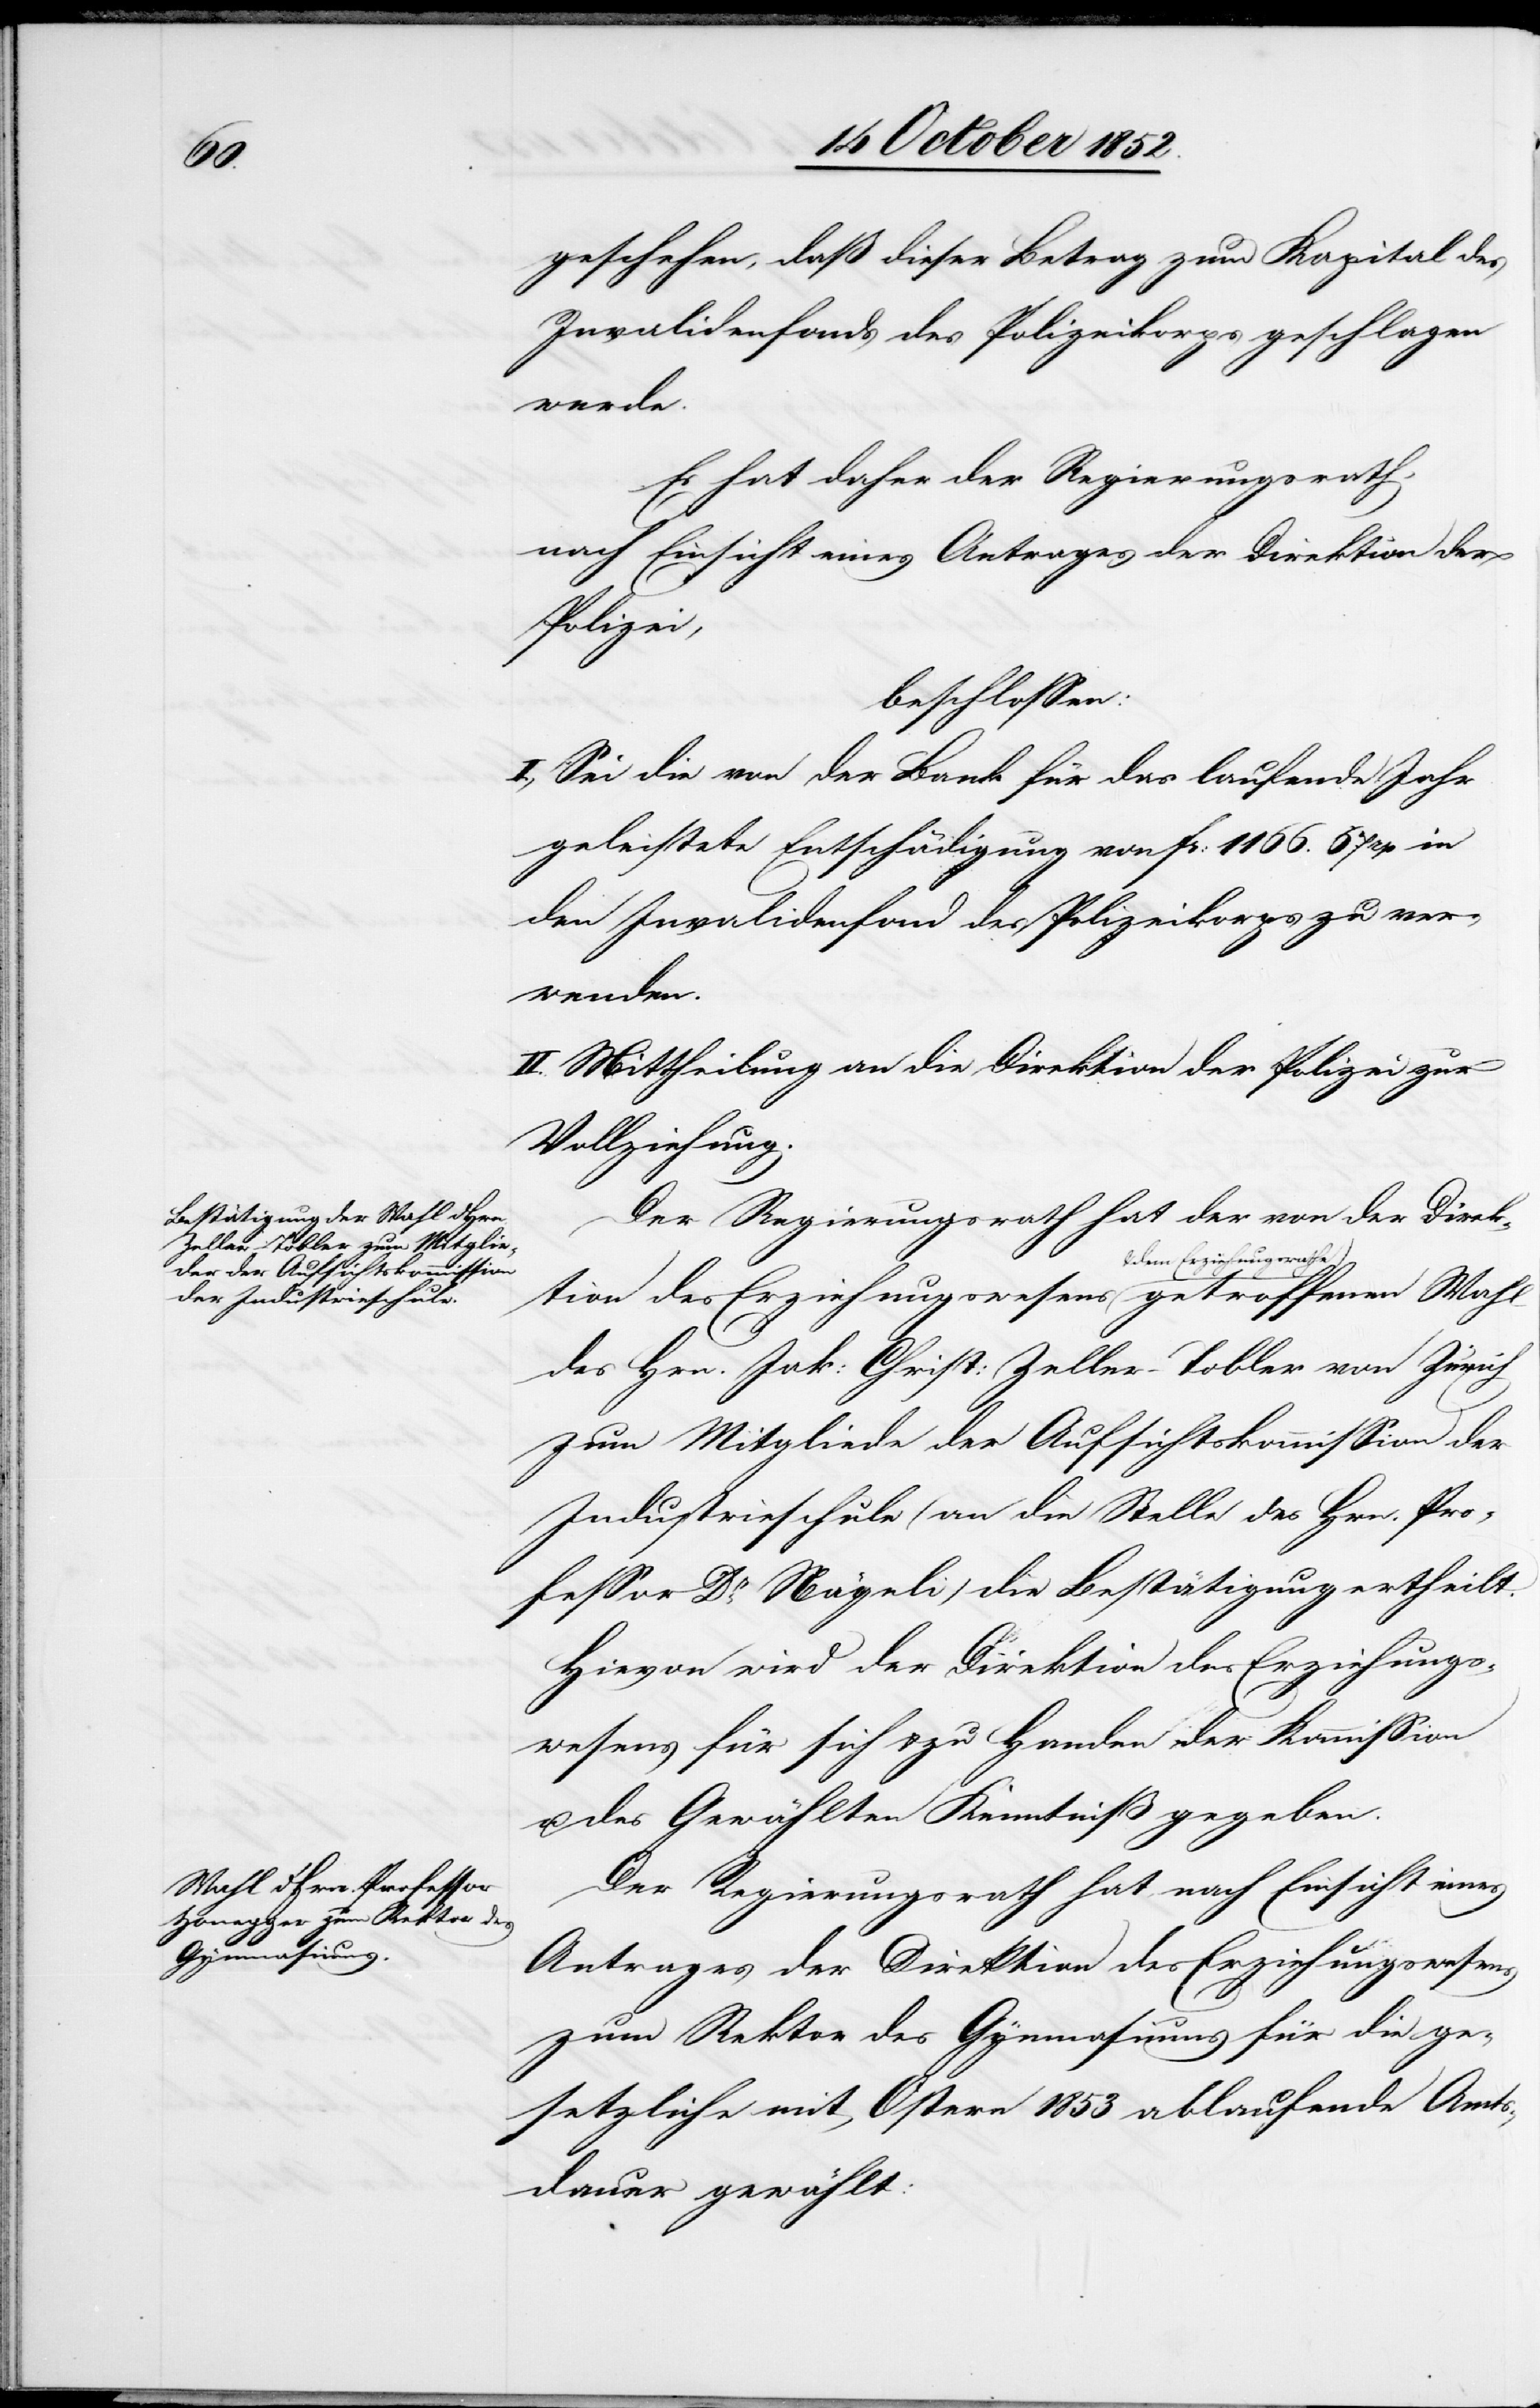
tion

geschehen, daß dieser Betrag zum Kapital des
Invalidenfonds des Polizeikorps geschlagen
werde.
Es hat daher der Regierungsrath,
nach Einsicht eines Antrages der Direktion der
Polizei,
beschlossen:
I., Sei die von der Bank für das laufende Jahr
geleistete Entschädigung von Fr: 1166. 67rp in
den Invalidenfond des Polizeikorps zu ver¬
wenden.
II. Mittheilung an die Direktion der Polizei zur
Vollziehung.
Der Regierungsrath hat der von der Direk¬
des Erziehungswesens
& dem Erziehungsrathe getroffenen Wahl
des Hrn. Jak: Christ: Zeller-Tobler von Zürich
zum Mitgliede der Aufsichtskommission der
Industrieschule (an die Stelle des Hrn. Pro¬
fessor Dr. Nägeli) die Bestätigung ertheilt.
Hievon wird der Direktion des Erziehungs¬
wesens für sich & zu Handen der Kommission
u. des Gewählten Kenntniß gegeben.
Der Regierungsrath hat, nach Einsicht eines
Antrages der Direktion des Erziehungswesens
zum Rektor des Gymnasiums für die ge¬
setzliche mit Ostern 1853 ablaufende Amts¬
dauer gewählt: